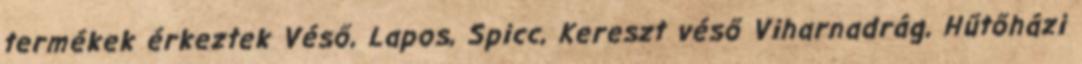
termékek érkeztek Véső, Lapos, Spicc, Kereszt véső Viharnadrág, Hűtőházi